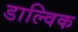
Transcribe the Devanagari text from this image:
डाल्विक